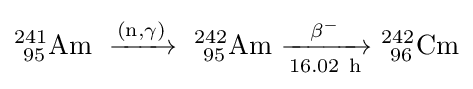
\mathrm {^{241}_{\ 95}Am\ \xrightarrow {(n,\gamma )} \ _{\ 95}^{242}Am\ {\xrightarrow[{16.02\ h}]{\beta ^{-}}}\ _{\ 96}^{242}Cm}